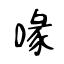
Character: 喙